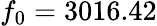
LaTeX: f_{0}=3016.42